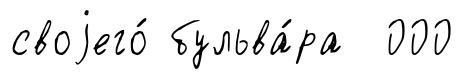
своjего́ бульва́ра 000